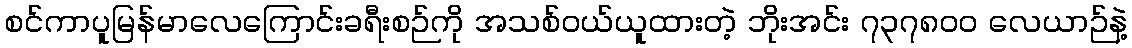
စင်ကာပူမြန်မာလေကြောင်းခရီးစဉ်ကို အသစ်ဝယ်ယူထားတဲ့ ဘိုးအင်း ၇၃၇၈၀၀ လေယာဉ်နဲ့